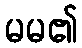
မမ၏